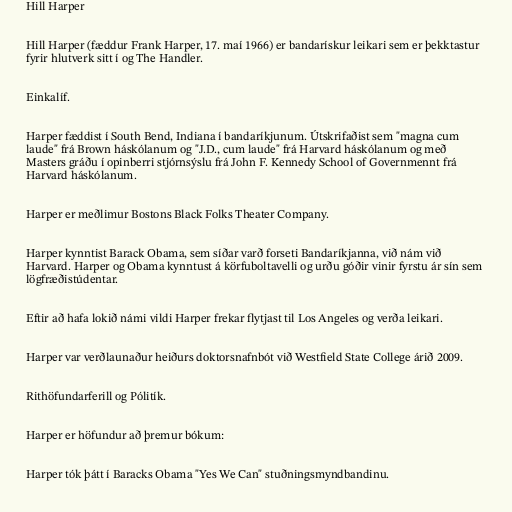
Hill Harper

Hill Harper (fæddur Frank Harper, 17. maí 1966) er bandarískur leikari sem er þekktastur
fyrir hlutverk sitt í og The Handler.

Einkalíf.

Harper fæddist í South Bend, Indiana í bandaríkjunum. Útskrifaðist sem "magna cum
laude" frá Brown háskólanum og "J.D., cum laude" frá Harvard háskólanum og með
Masters gráðu í opinberri stjórnsýslu frá John F. Kennedy School of Governmennt frá
Harvard háskólanum.

Harper er meðlimur Bostons Black Folks Theater Company.

Harper kynntist Barack Obama, sem síðar varð forseti Bandaríkjanna, við nám við
Harvard. Harper og Obama kynntust á körfuboltavelli og urðu góðir vinir fyrstu ár sín sem
lögfræðistúdentar.

Eftir að hafa lokið námi vildi Harper frekar flytjast til Los Angeles og verða leikari.

Harper var verðlaunaður heiðurs doktorsnafnbót við Westfield State College árið 2009.

Rithöfundarferill og Pólitík.

Harper er höfundur að þremur bókum:

Harper tók þátt í Baracks Obama "Yes We Can" stuðningsmyndbandinu.